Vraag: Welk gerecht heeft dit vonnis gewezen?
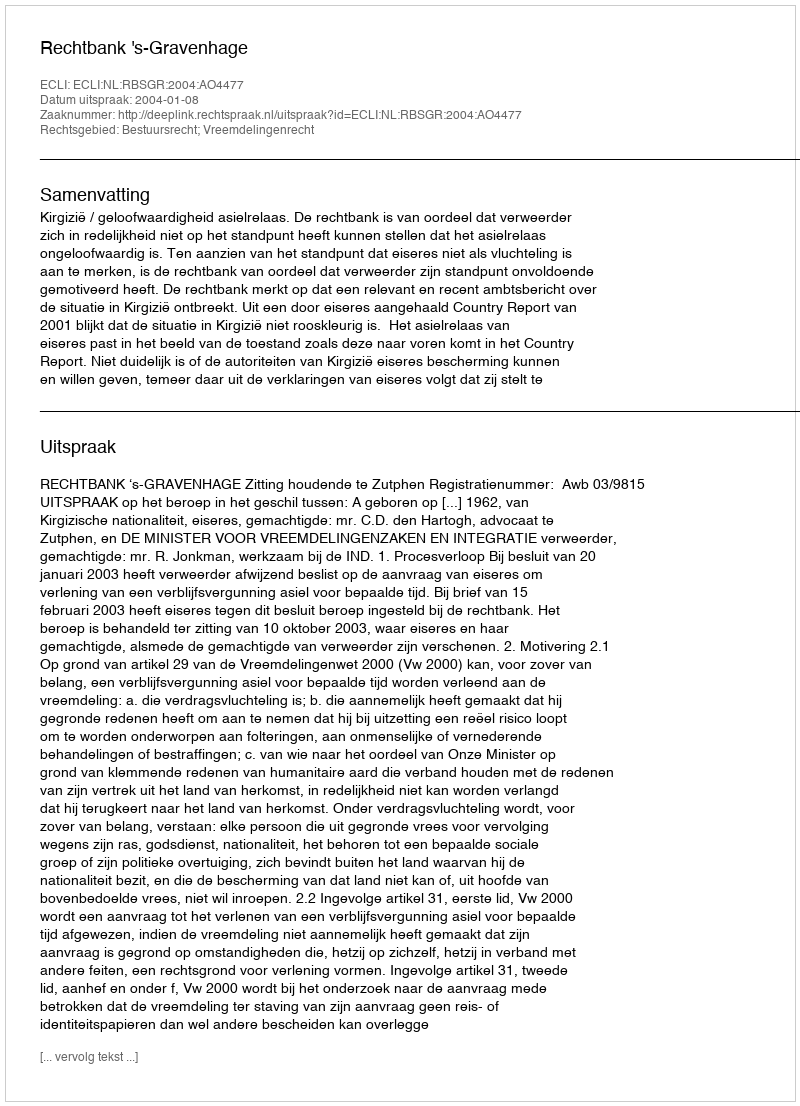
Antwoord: Rechtbank 's-Gravenhage